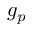
g _ { p }